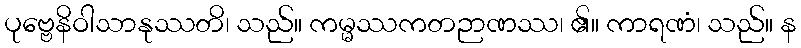
ပုဗ္ဗေနိဝါသာနုဿတိ၊ သည်။ ကမ္မဿကတဉာဏဿ၊ ၏။ ကာရဏံ၊ သည်။ န